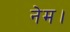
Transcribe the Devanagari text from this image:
नेम।